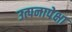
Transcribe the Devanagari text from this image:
उत्पनापेक्षा